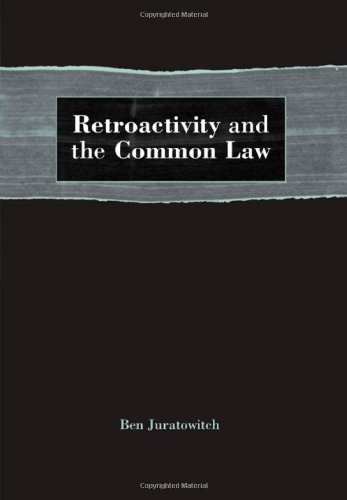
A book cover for Retroactivity and the Common Law; Ben Juratowitch; Law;